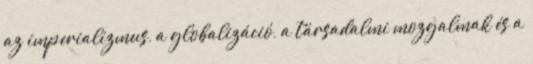
az imperializmus, a globalizáció, a társadalmi mozgalmak és a